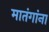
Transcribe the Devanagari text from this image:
मातंगांना